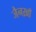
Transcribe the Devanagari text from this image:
जैनख़ाँ